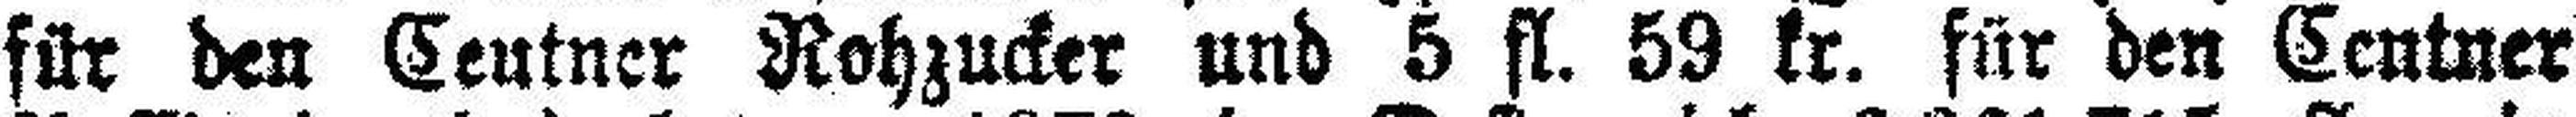
für den Centner Rohzucker und 5 fl. 59 kr. für den Centner